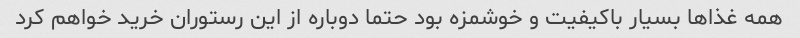
همه غذاها بسیار باکیفیت و خوشمزه بود حتما دوباره از این رستوران خرید خواهم کرد